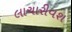
લાચારીવશ